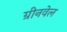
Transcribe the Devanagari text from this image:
ग्रीनवेल